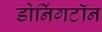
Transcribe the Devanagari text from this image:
डोनिंगटॉन